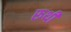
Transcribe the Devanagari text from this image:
रूथी